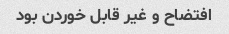
افتضاح و غیر قابل خوردن بود